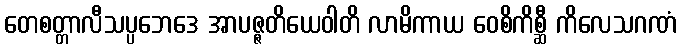
တေစတ္တာလီသပ္ပဘေဒေ အာပဇ္ဇတိယေဝါတိ လာမိကာယ ဝေစိကိစ္ဆီ ကိလေသဂဏံ